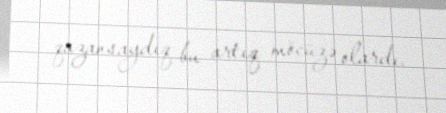
qazansaydıq bu artıq möcüzə olardı.